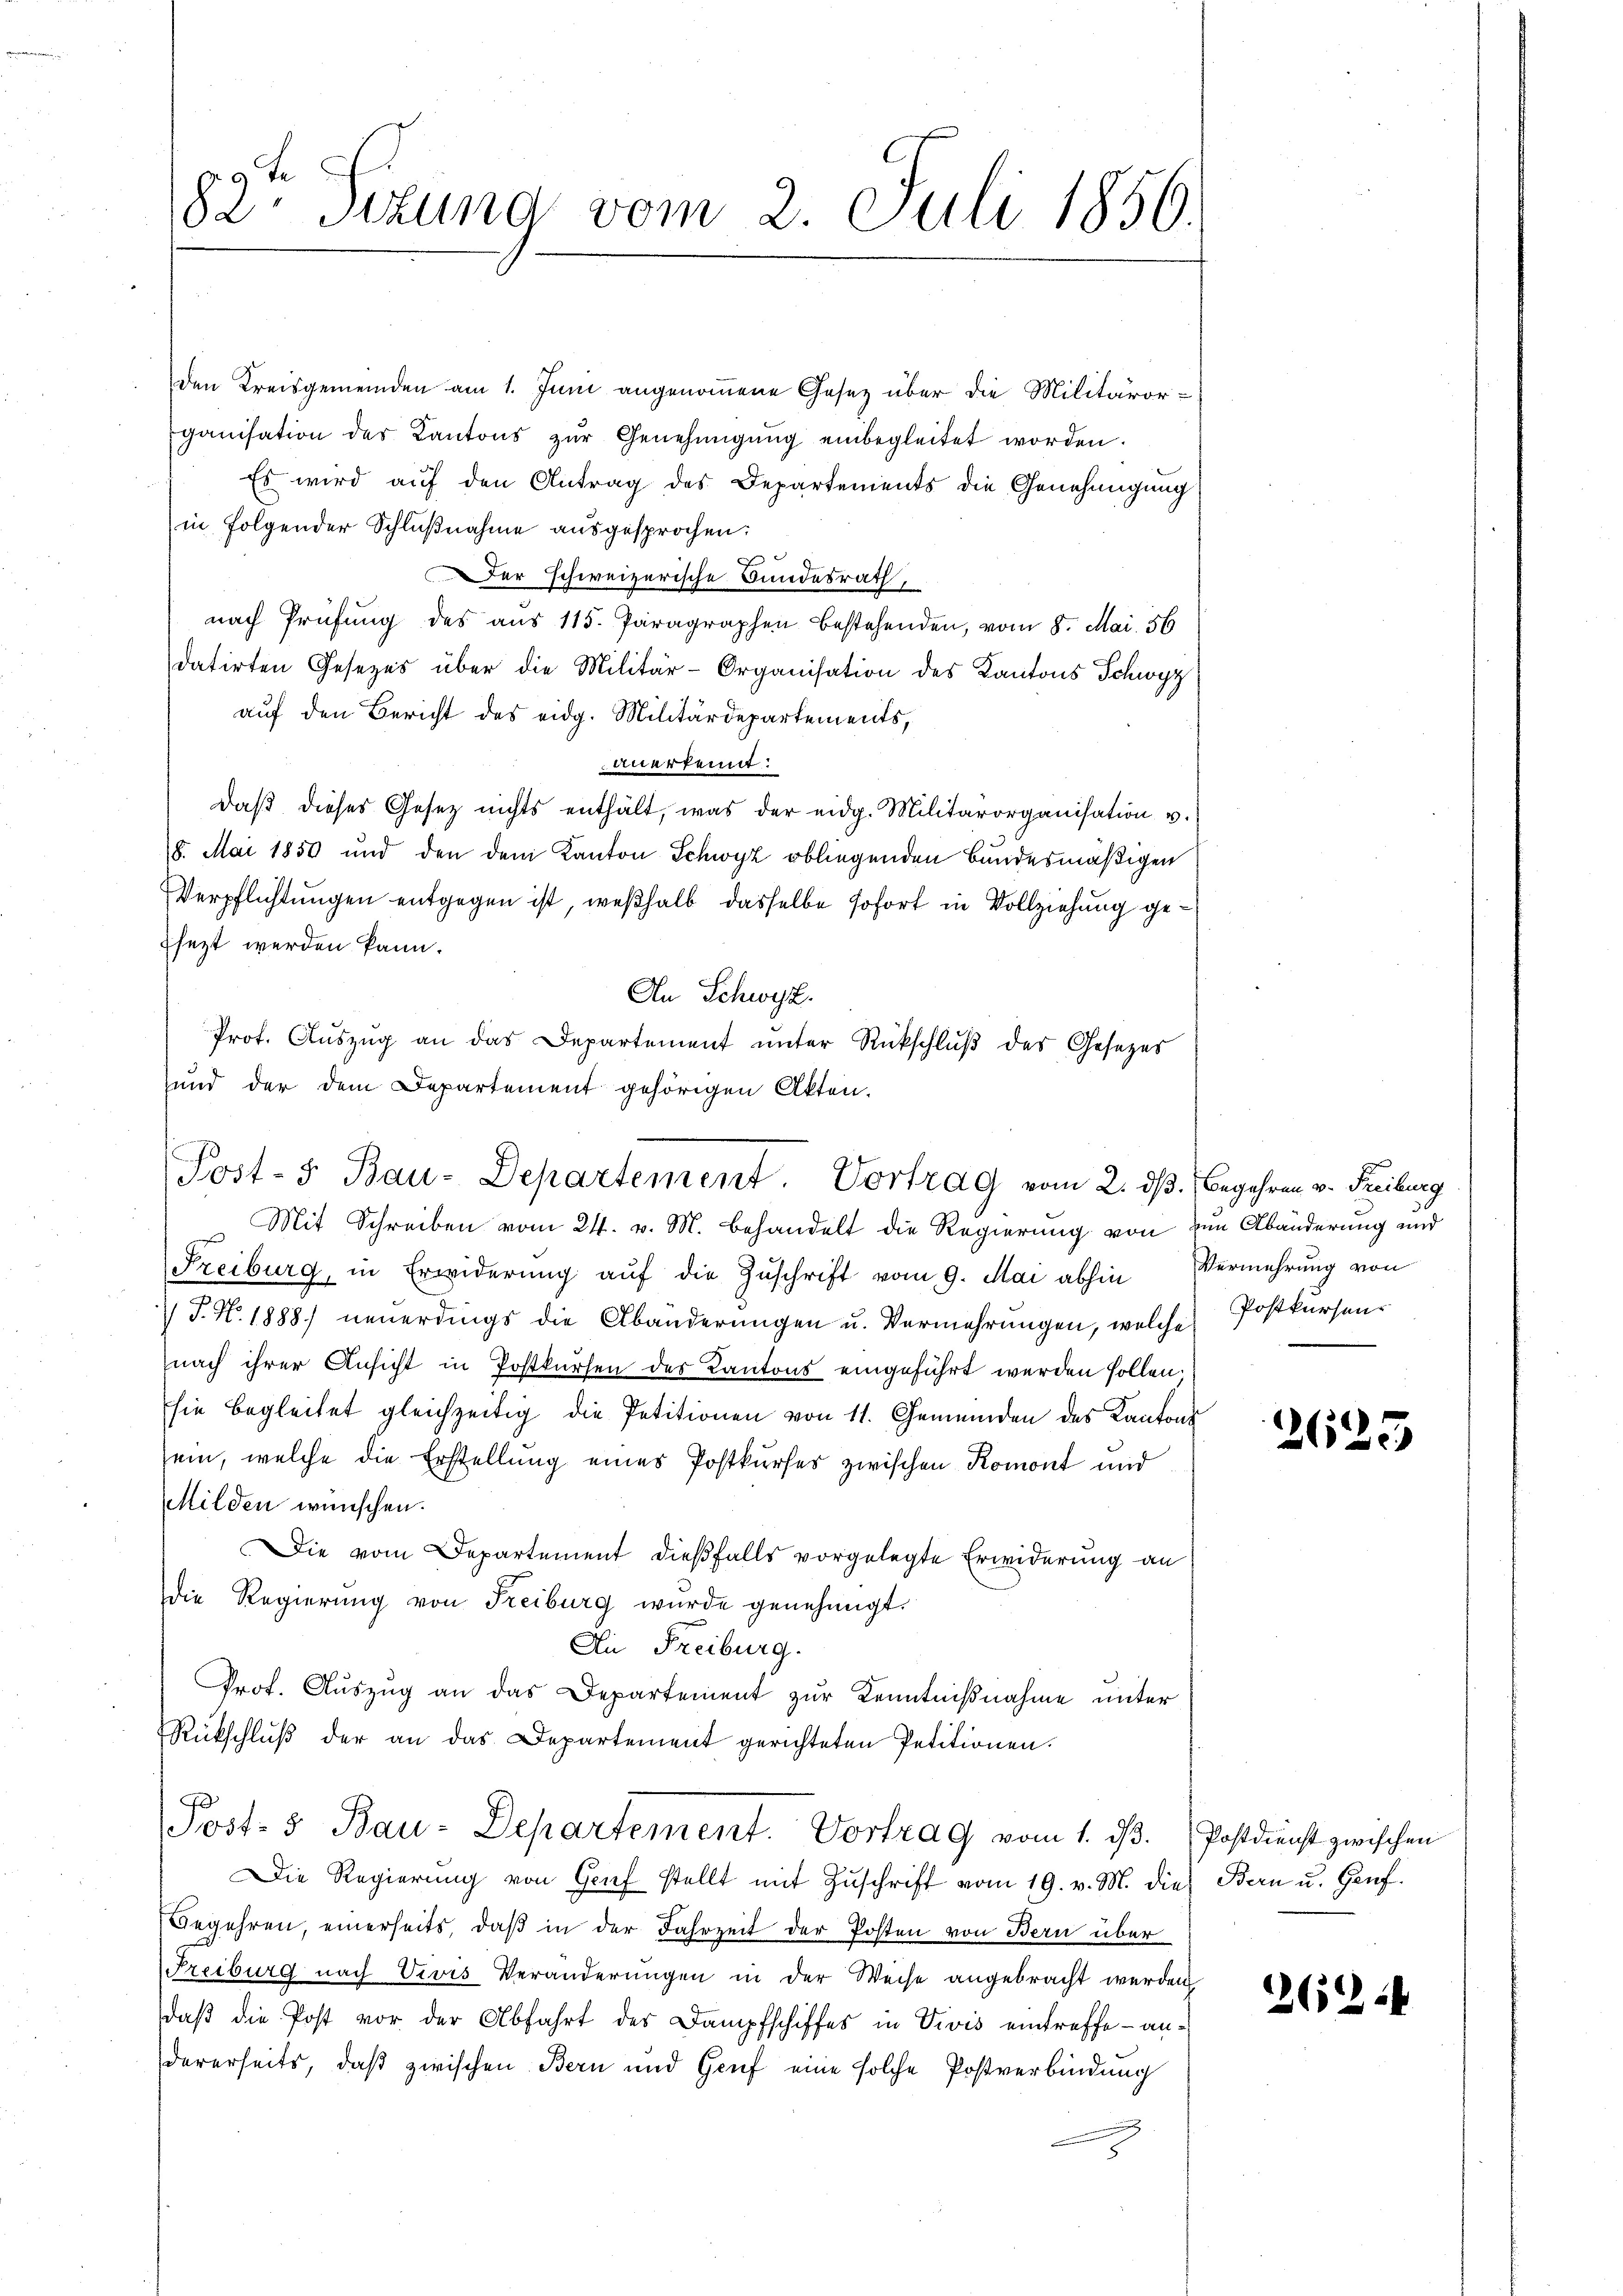
82te Sezung vom 2. Juli 1856.

den Kreisgemeinden am 1. Juni angenommene Gesetz über die Militäror-
ganisation des Kantons zŭr Genehmigŭng einbegleitet worden.
Es wird auf den Antrag des Departements die Genehmigung
in folgender Schlußnahme ausgesprochen:
C
Der schweizerische Bundesrath,
nach Prüfung des aus 115. Paragraphen bestehenden, vom 8. Mai. 56
datirten Gesezes über die Militär-Organisation des Kantons Schwyz
auf den Bericht des eidg. Militärdepartements,
Anerkennt:
daβ dieses Gesetz nichts enthält, was der eidg. Militärorganisation u.
8. Mai 1850 und den dem Kanton Schwyz obliegenden Bundesmäßigen
Verpflichtungen entgegen ist, weßhalb dasselbe sofort in Vollziehung gesezt werden kann.
An Schwyz.
Prot. Auszug an das Departement unter Rückschluß des Gesezes
und der dem Departement gehörigen Akten.

Post-5 Bau-Departement. Vortrag vom 2. dß. Begehren v. Freiburg

Mit Schreiben vom 21. v. M. behandelt die Regierung von zum Abänderung und
Freiburg, in Erwiderŭng aŭf die Zŭschrift vom 9. Mai abhin Vermehrŭng von
 P. N. 1888) neuerdings die Abänderungen u. Vermehrungen, welche Postkursennach ihrer Ansicht in Postkursen des Kantons eingeführt werden sollen.
sie begleitet gleichzeitig die Petitionen von 11. Gemeinden des Kantons
sein, welche die Erstellung eines Postkurses zwischen Romont und
Milden wünschen.
Die vom Departement dießfalls vorgelegte Erwiderung an
die Regierung von Freiburg wurde genehmigt.
Ai Freiburg.
Prof. Auszug an das Departement zur Kenntnißnahme unter
Rückschlŭβ der an das Departement gerichteten Petitionen.
Post- 5 Bau-Departement. Vortrag vom 1. dß. Postdienst zwischen
Die Regierŭng von Genf stellt mit Zŭschrift vom 19. v. M. die
Begehren, einerseits, daß in der Jahrzeit der Posten von Bern über
Freiburg nach Vivis Veränderŭngen in der Weise angebracht werden
daß die Post vor der Abfahrt des Dampfschiffes in Divis eintreffe - andererseits, daß zwischen Bern und Genf eine solche Postverbindung

2625

Bern u. Genf.

262 f